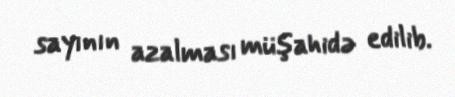
sayının azalması müşahidə edilib.